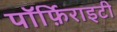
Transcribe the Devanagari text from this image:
पॉर्फ़िराइटी